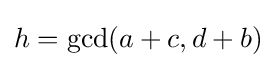
h=\operatorname {gcd} (a+c,d+b)